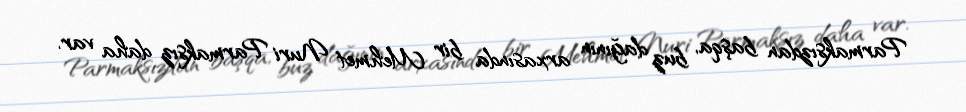
Parmaksızdan başqa, buz dağının arxasında bir Mehmet Nuri Parmaksız daha var.